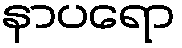
နာပရော